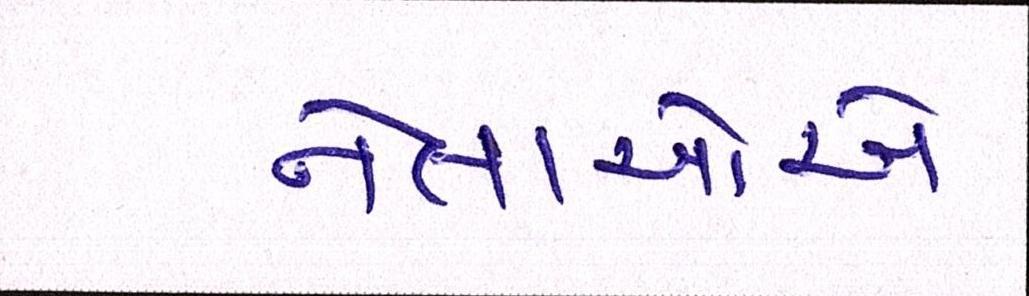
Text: નેતાઓએ